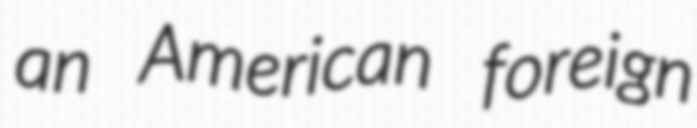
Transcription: an American foreign